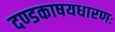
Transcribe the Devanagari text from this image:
दण्डकाषयधारणः